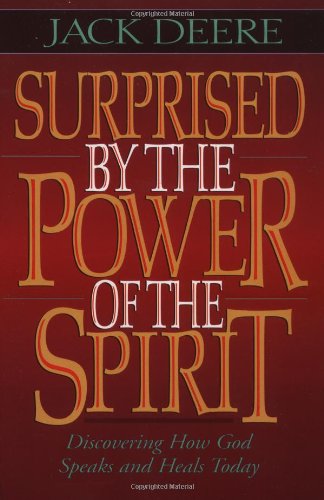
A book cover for Surprised by the Power of the Spirit; Jack S. Deere; Christian Books & Bibles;